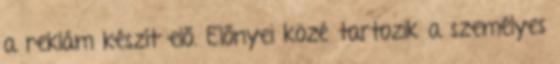
a reklám készít elő. Előnyei közé tartozik a személyes